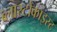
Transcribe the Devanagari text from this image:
ब्लास्टोकाइस्ट